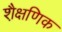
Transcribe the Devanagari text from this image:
शै़क्षणिक